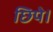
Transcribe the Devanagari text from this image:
छिपे।